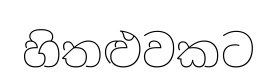
හිතළුවකට